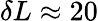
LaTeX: \delta L\approx 20